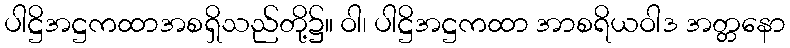
ပါဋ္ဌိအဋ္ဌကထာအစရှိသည်တို့၌။ ဝါ၊ ပါဋ္ဌိအဋ္ဌကထာ အာစရိယဝါဒ အတ္တနော